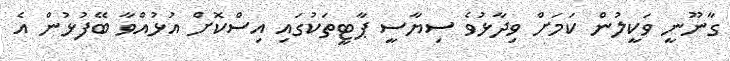
ގާނޫނީ ވަކީލުން ކަމަށް ވިދާޅުވެ ސިޔާސީ ޕާޓީތަކުގައި އިސްކޮށް އުޅުއްވާ ބޭފުޅުން އެ